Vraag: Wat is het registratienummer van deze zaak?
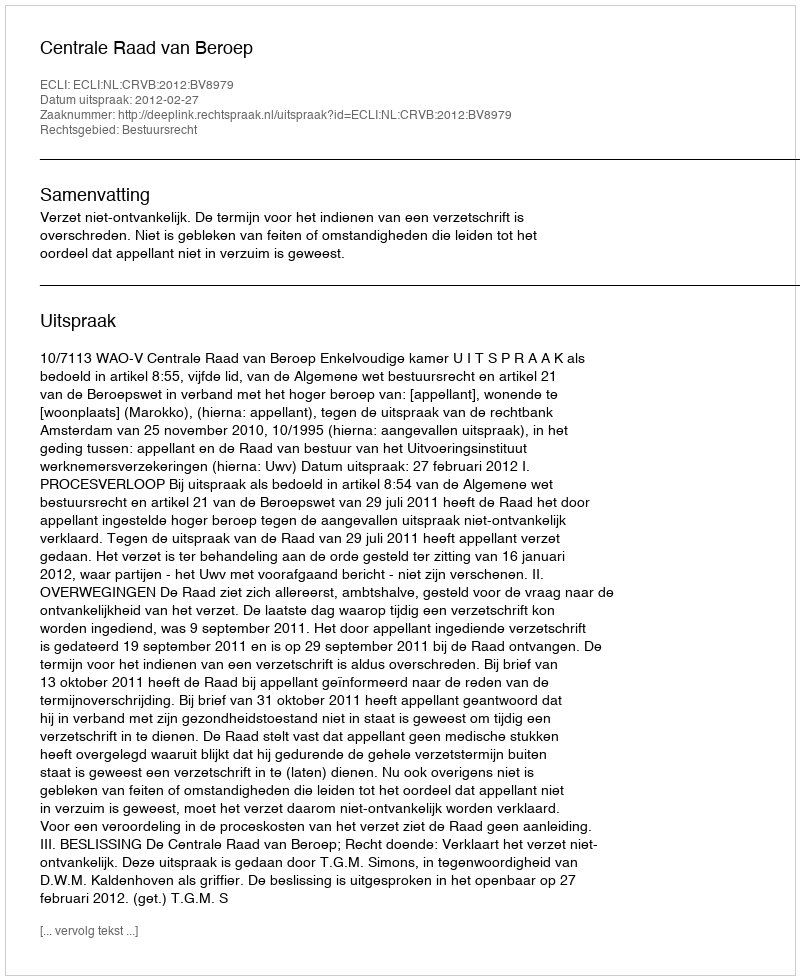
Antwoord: http://deeplink.rechtspraak.nl/uitspraak?id=ECLI:NL:CRVB:2012:BV8979